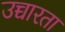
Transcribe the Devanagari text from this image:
उच्चारता